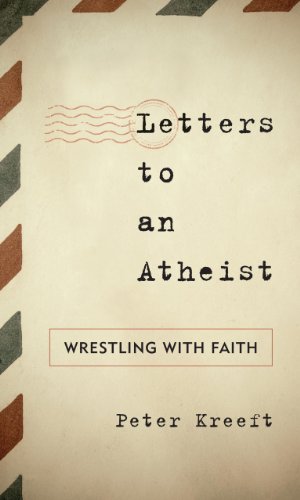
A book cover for Letters to an Atheist: Wrestling with Faith (Sheed & Ward Books); Peter Kreeft; Religion & Spirituality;